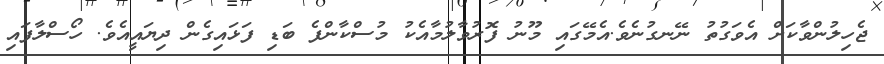
ޖެހިލުންވާކަށް އެވަގުތު ނޭނގުނެވެ.އެމޭގައި މޫނު ފޮރުވާލުމާއެކު މުސްކާންފެ ބަޑި ފަޅައިގެން ދިޔައީއެވެ. ހޯސްލާފައި